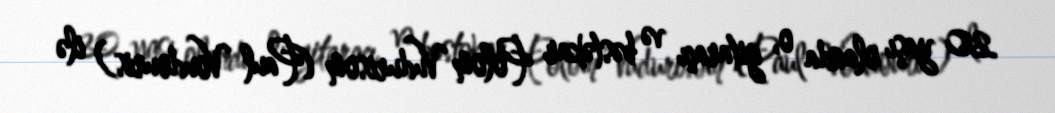
20 yaşı olanda o, gitaraçı və bəstəkar Polom Vudurisom (Paul Voudouris) ilə